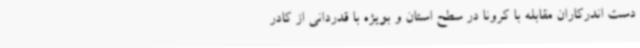
دست اندرکاران مقابله با کرونا در سطح استان و بویژه با قدردانی از کادر